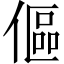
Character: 傴